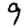
Digit: 9